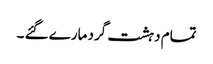
تمام دہشت گرد مارے گئے ۔